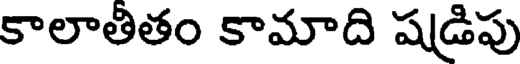
కాలాతితం కామాది షడ్రిపు